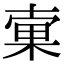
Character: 𣓑